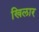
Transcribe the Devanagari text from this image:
खिलार